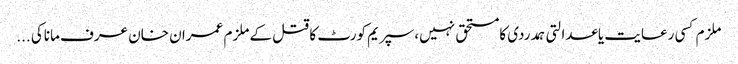
ملزم کسی رعایت یاعدالتی ہمدردی کامستحق نہیں،سپریم کورٹ کا قتل کے ملزم عمران خان عرف ماناکی ...